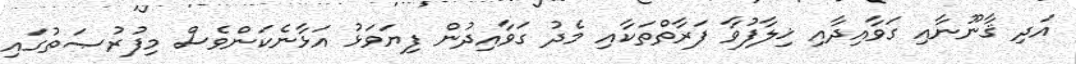
އަދި ޤާނޫނާއި ގަވާއިދާއި ޚިލާފުވާ ފަރާތްތަކާއި މެދު ގަވާއިދުން ފިޔަވަޅު އަޅާނެކަންވެސް މިފުރުޞަތުގައި